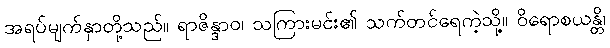
အရပ်မျက်နှာတို့သည်။ ရာဇိန္ဒာဝ၊ သကြားမင်း၏ သက်တင်ရေကဲ့သို့။ ဝိရောစယန္တိ၊